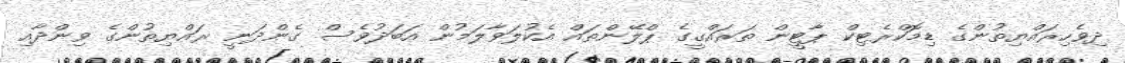
ދިވެހިރައްޔިތުންގެ ޑިމޮކްރެޓިކް ޕާޓީން ތަރައްޤީގެ ޕްލޭންތައް އެކުލަވާލަމުން އަބަދުވެސް ގެންދަނީ ރައްޔިތުންގެ ވިންދާއި